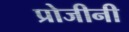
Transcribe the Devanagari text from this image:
प्रोजीनी